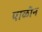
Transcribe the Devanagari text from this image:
पाळीन